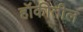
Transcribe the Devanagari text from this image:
हॉकीतील